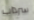
سرداب